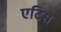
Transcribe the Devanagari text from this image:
एटिस